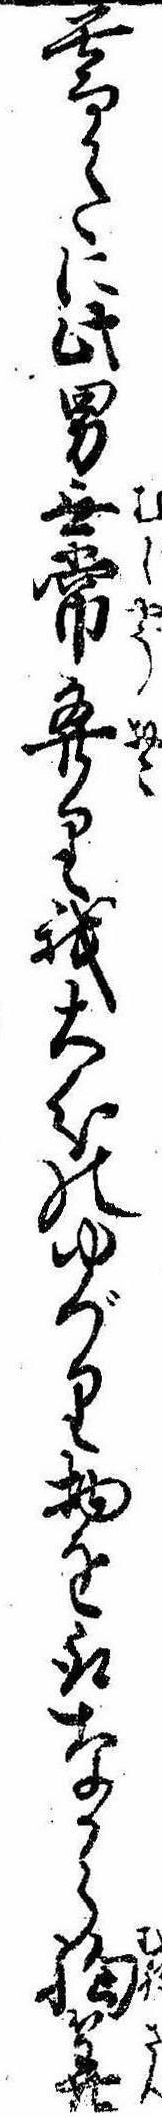
暮かたに此男無常発り我大分のゆづり物を取なから胸算